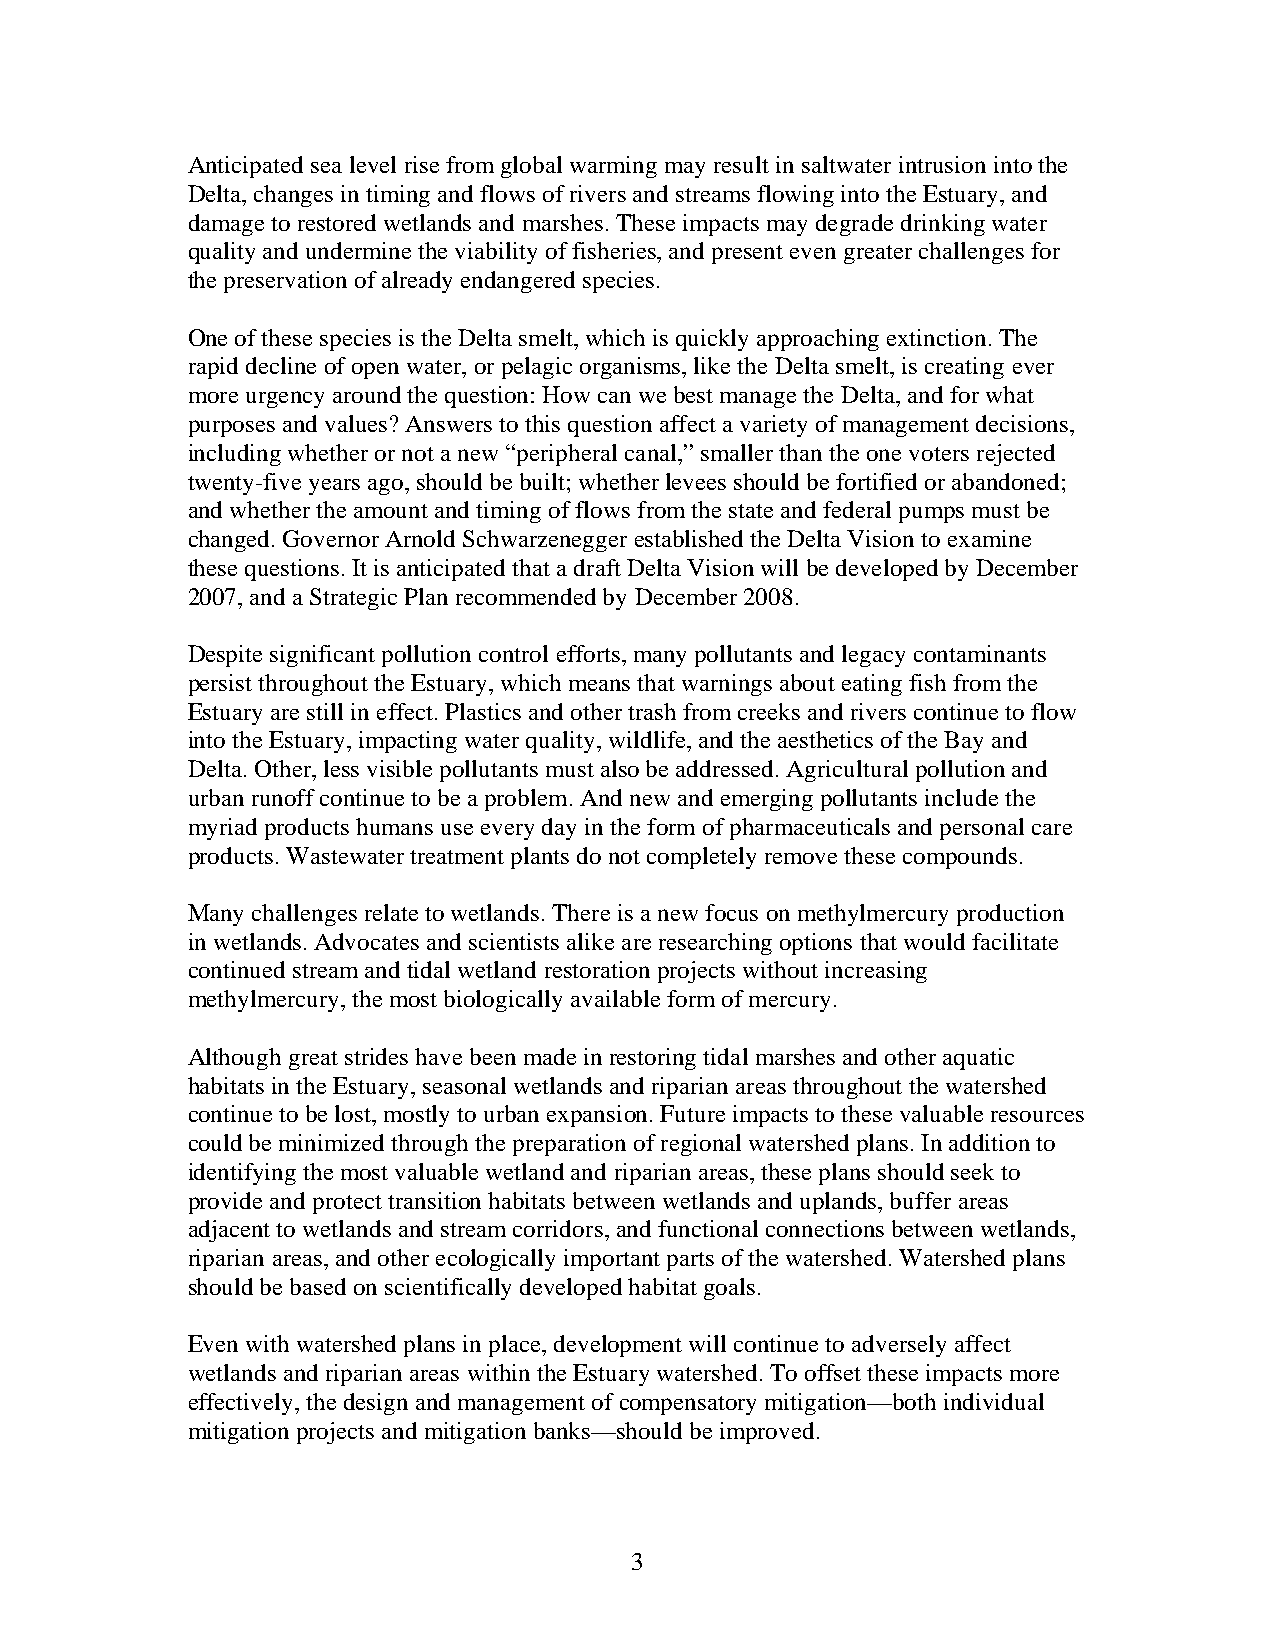
Anticipated sea level rise from global warming may result in saltwater intrusion into the
 Delta, changes in timing and flows of rivers and streams flowing into the Estuary, and
 damage to restored wetlands and marshes. These impacts may degrade drinking water
 quality and undermine the viability of fisheries, and present even greater challenges for
 the preservation of already endangered species.
 One of these species is the Delta smelt, which is quickly approaching extinction. The
 rapid decline of open water, or pelagic organisms, like the Delta smelt, is creating ever
 more urgency around the question: How can we best manage the Delta, and for what
 purposes and values? Answers to this question affect a variety of management decisions,
 including whether or not a new “peripheral canal,” smaller than the one voters rejected
 twenty-five years ago, should be built; whether levees should be fortified or abandoned;
 and whether the amount and timing of flows from the state and federal pumps must be
 changed. Governor Arnold Schwarzenegger established the Delta Vision to examine
 these questions. It is anticipated that a draft Delta Vision will be developed by December
 2007, and a Strategic Plan recommended by December 2008.
 Despite significant pollution control efforts, many pollutants and legacy contaminants
 persist throughout the Estuary, which means that warnings about eating fish from the
 Estuary are still in effect. Plastics and other trash from creeks and rivers continue to flow
 into the Estuary, impacting water quality, wildlife, and the aesthetics of the Bay and
 Delta. Other, less visible pollutants must also be addressed. Agricultural pollution and
 urban runoff continue to be a problem. And new and emerging pollutants include the
 myriad products humans use every day in the form of pharmaceuticals and personal care
 products. Wastewater treatment plants do not completely remove these compounds.
 Many challenges relate to wetlands. There is a new focus on methylmercury production
 in wetlands. Advocates and scientists alike are researching options that would facilitate
 continued stream and tidal wetland restoration projects without increasing
 methylmercury, the most biologically available form of mercury.
 Although great strides have been made in restoring tidal marshes and other aquatic
 habitats in the Estuary, seasonal wetlands and riparian areas throughout the watershed
 continue to be lost, mostly to urban expansion. Future impacts to these valuable resources
 could be minimized through the preparation of regional watershed plans. In addition to
 identifying the most valuable wetland and riparian areas, these plans should seek to
 provide and protect transition habitats between wetlands and uplands, buffer areas
 adjacent to wetlands and stream corridors, and functional connections between wetlands,
 riparian areas, and other ecologically important parts of the watershed. Watershed plans
 should be based on scientifically developed habitat goals.
 Even with watershed plans in place, development will continue to adversely affect
 wetlands and riparian areas within the Estuary watershed. To offset these impacts more
 effectively, the design and management of compensatory mitigation—both individual
 mitigation projects and mitigation banks—should be improved.
 3